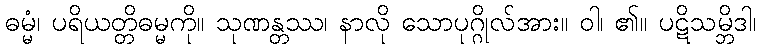
ဓမ္မံ၊ ပရိယတ္တိဓမ္မကို။ သုဏန္တဿ၊ နာလို သောပုဂ္ဂိုလ်အား။ ဝါ၊ ၏။ ပဋိသမ္ဘိဒါ၊